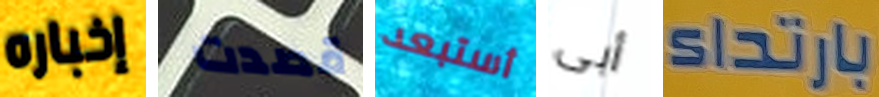
إخباره قصدت أستبعد أبى بارتداء